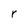
Character: r